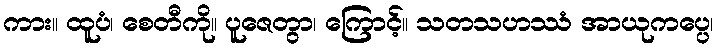
ကား။ ထူပံ၊ စေတီကို။ ပူဇေတွာ၊ ကြောင့်။ သတသဟဿံ အာယုကပ္ပေ၊